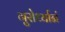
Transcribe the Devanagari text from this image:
गुरोर्ध्यानं